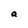
Character: a